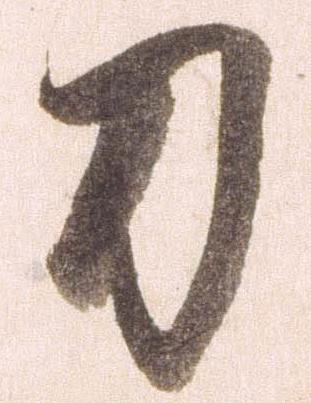
刀